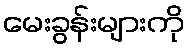
မေးခွန်းများကို